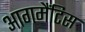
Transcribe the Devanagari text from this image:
आगमैंटिस